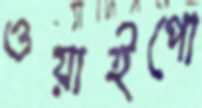
ওয়াইপো